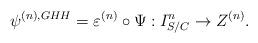
LaTeX: \begin{align*}\psi ^{(n), GHH} = \varepsilon ^{(n)}\circ \Psi :I^n_{S/C}\to Z^{(n)}.\end{align*}